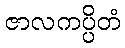
ဇာလကပ္ပိတံ